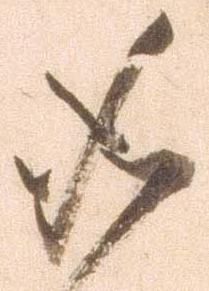
如